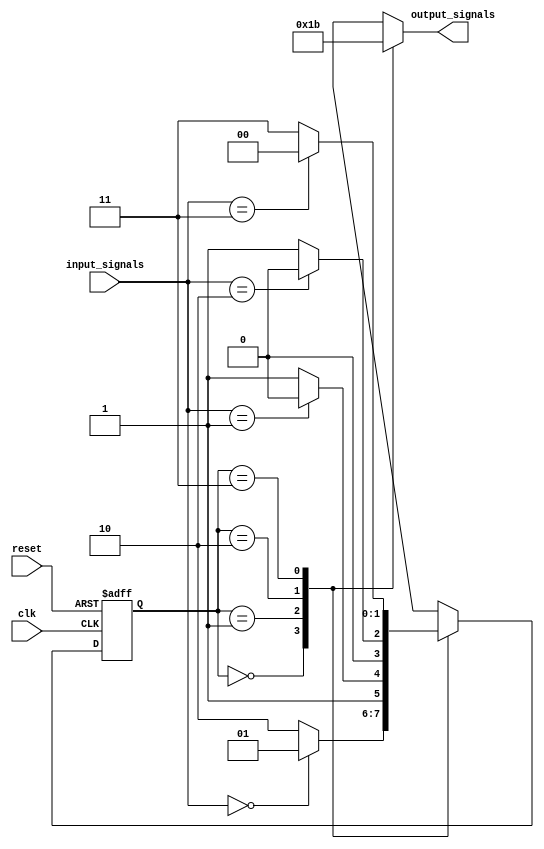
module state_machine(
    input wire clk,
    input wire reset,
    input wire [1:0] input_signals,
    output wire [1:0] output_signals
);

// State encoding
parameter A = 2'b00;
parameter B = 2'b01;
parameter C = 2'b10;
parameter D = 2'b11;

// State register
reg [1:0] current_state, next_state;

always @(posedge clk or posedge reset) begin
    if (reset) begin
        current_state <= A;
    end else begin
        current_state <= next_state;
    end
end

// Combinational logic for state transitions
always @(*) begin
    case (current_state)
        A: begin
            if (input_signals == 2'b00) begin
                next_state = B;
            end else begin
                next_state = C;
            end
        end
        B: begin
            if (input_signals == 2'b01) begin
                next_state = C;
            end else begin
                next_state = D;
            end
        end
        C: begin
            if (input_signals == 2'b10) begin
                next_state = A;
            end else begin
                next_state = B;
            end
        end
        D: begin
            if (input_signals == 2'b11) begin
                next_state = A;
            end else begin
                next_state = D;
            end
        end
    endcase
end

// Output assignment based on current state
always @(*) begin
    case (current_state)
        A: output_signals = 2'b00;
        B: output_signals = 2'b01;
        C: output_signals = 2'b10;
        D: output_signals = 2'b11;
    endcase
end

endmodule